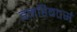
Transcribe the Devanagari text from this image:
इनहिबटर्स